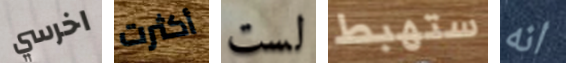
اخرسي أكثرت لست ستهبط انه